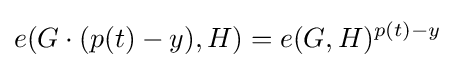
e(G\cdot (p(t)-y),H)=e(G,H)^{p(t)-y}